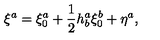
\xi ^ { a } = \xi _ { 0 } ^ { a } + \frac { 1 } { 2 } h _ { b } ^ { a } \xi _ { 0 } ^ { b } + \eta ^ { a } ,